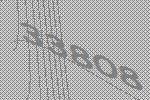
33808